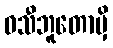
ဝသီဘူတောမှိ